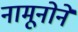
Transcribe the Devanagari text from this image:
नामूनोने